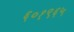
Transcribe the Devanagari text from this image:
६०१९६५